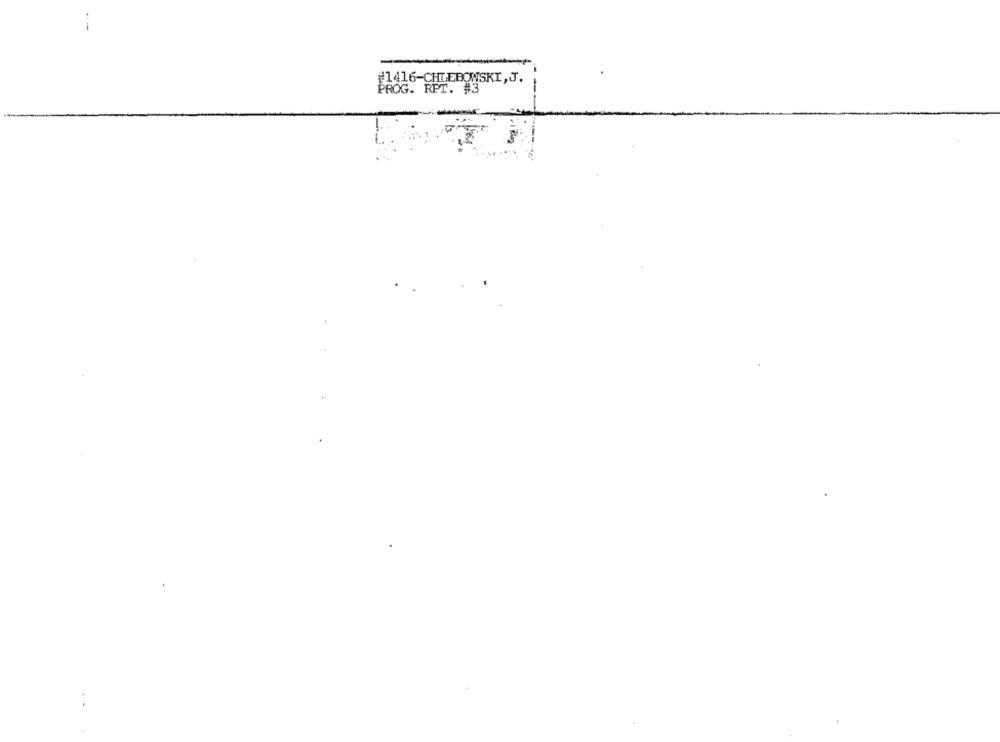
#1416-CHLEBOWSKI,J.
PROG. RPT. #3
-